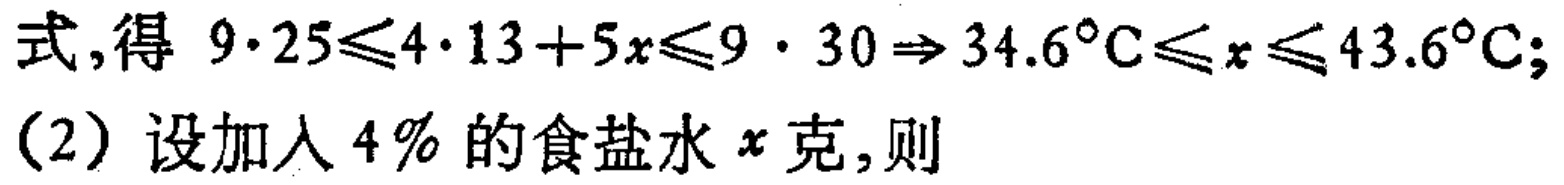
式,得 \(9\cdot25\leqslant4\cdot13 + 5x\leqslant9\cdot30\Rightarrow34.6^{\circ}\text{C}\leqslant x\leqslant43.6^{\circ}\text{C}\);
(2) 设加入 \(4\%\) 的食盐水 \(x\) 克,则